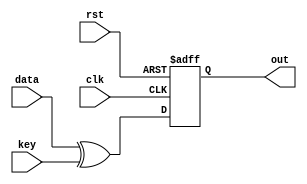
`timescale 1ns / 1ps
//////////////////////////////////////////////////////////////////////////////////
// Company: 
// Engineer: 
// 
// Design Name: 
// Module Name: AddRoundKey
// Project Name: 
// Target Devices: 
// Tool Versions: 
// Description: 
// 
// Dependencies: 
// 
// Revision:
// Revision 0.01 - File Created
// Additional Comments:
// 
//////////////////////////////////////////////////////////////////////////////////


module AddRoundKey(
    input [127:0] data,
    input [127:0] key,
    output reg [127:0] out,
    input clk,
    input rst
    );
    
    always@(posedge clk , posedge rst) begin 
        if(rst) begin
            out<=0;
        end
        else begin
            out<= data ^ key ;
        end
    end
endmodule